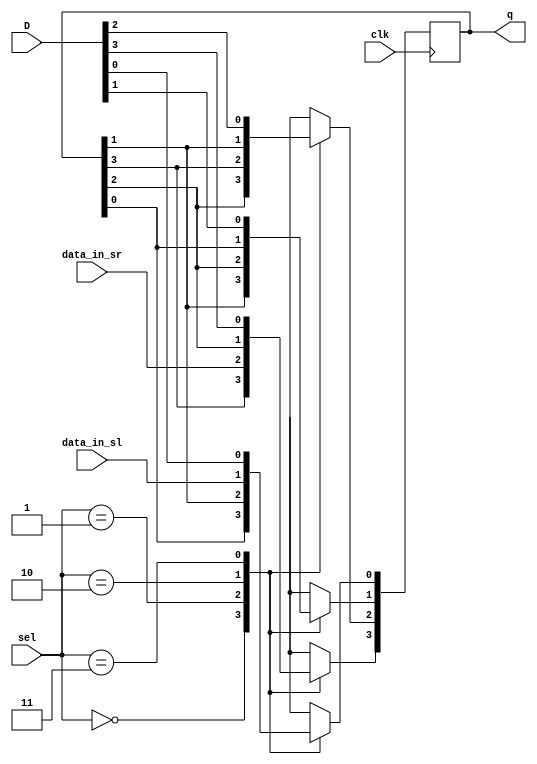
/* 
 In Universal Shift Register (USR), we can perform different operations depends on selection line
 
 if sel=00, then no change
 if sel=01, then shift right
 if sel=10, then shift left
 if sel=11, then parallel loading
 
 USR can be acts as SISO, SIPO, PISO and PIPO
*/

`timescale 1ns / 1ps
module Universal_Shift_Register( clk, D, data_in_sr, data_in_sl, sel, q  );
   input clk, data_in_sr, data_in_sl;
   input [1:0]sel;
   input [3:0]D;
   output reg [3:0]q;
   
   always@(posedge clk)
   begin
    case(sel)
        2'b00   :   begin
                        q[3] <= q[3];
                        q[2] <= q[2];
                        q[1] <= q[1];
                        q[0] <= q[0];
                    end
        2'b01   :   begin
                        q[3] <= data_in_sr;
                        q[2] <= q[3];
                        q[1] <= q[2];
                        q[0] <= q[1];
                    end
        2'b10   :   begin
                        q[0] <= data_in_sl;
                        q[1] <= q[0];
                        q[2] <= q[1];
                        q[3] <= q[2];
                    end
        2'b11   :   begin
                        q[0] <= D[0];
                        q[1] <= D[1];
                        q[2] <= D[2];
                        q[3] <= D[3];
                    end
      endcase
    end
endmodule